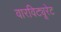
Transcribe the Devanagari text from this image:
वारविट्यूरेट